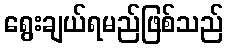
ရွေးချယ်ရမည်ဖြစ်သည်